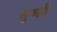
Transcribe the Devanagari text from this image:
सुण्डी